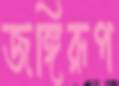
জঙ্গিরূপ